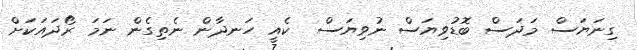
ގިނަޔަސް މަދަސް ބޮޑުވިޔަސް ނުވިޔަސް  ކެއީ ހަނދާން ނެތިގެން ނަމަ ރޯދައަކަށް